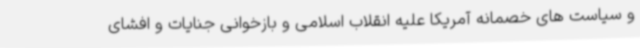
و سیاست های خصمانه آمریکا علیه انقلاب اسلامی و بازخوانی جنایات و افشای